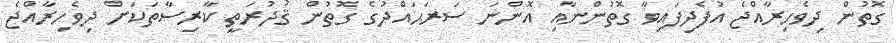
ގޮތުން ދިވެހިރާއްޖެ އުފެދިފައިވާ ގޮތުންނާއި އޮންނަ ސަރަޙައްދުގެ ގޮތުން ޤުދުރަތީ ކާރިސާތަކަށް ދިވެހިރާއްޖެ